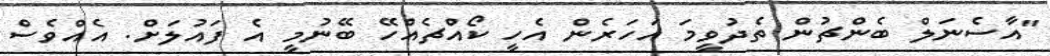
"އާސެނަލް ބެންޗުން ތެދުވީމަ އަހަރެން އެހީ ކޯއްޗެއްހޭ ބޭނުމީ އެ ފައުލަށް. އެއްވެސް